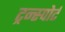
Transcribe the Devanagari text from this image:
ट्रन्स्पोर्ट